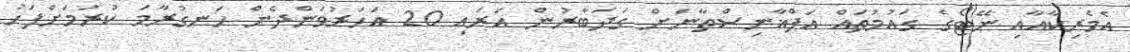
އެމެރިކާއާއި ނޭޓޯގެ ގައުމުތައް އަފްޣާނިސްތާނަށް ގަދަބާރުން އަރައި 20 އަހަރުވަންދެން ހަނގުރާމަ ކުރުމަށްފަހު